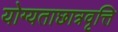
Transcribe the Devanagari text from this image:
योग्यताछात्रवृत्ति